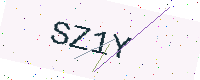
Text: SZ1Y